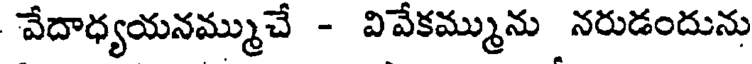
వేదాధ్యయనమ్ముచే - వివేకమ్మును నరుడందును